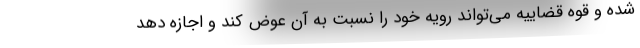
شده و قوه قضاییه می‌تواند رویه خود را نسبت به آن عوض کند و اجازه دهد